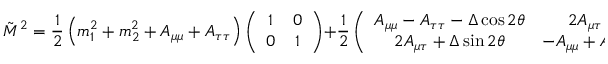
\tilde { { \cal M } } ^ { 2 } = \frac { 1 } { 2 } \left( m _ { 1 } ^ { 2 } + m _ { 2 } ^ { 2 } + A _ { \mu \mu } + A _ { \tau \tau } \right) \left( \begin{array} { c c } { { 1 } } & { { 0 } } \\ { { 0 } } & { { 1 } } \end{array} \right) + \frac { 1 } { 2 } \left( \begin{array} { c c } { { A _ { \mu \mu } - A _ { \tau \tau } - \Delta \cos 2 \theta } } & { { 2 A _ { \mu \tau } + \Delta \sin 2 \theta } } \\ { { 2 A _ { \mu \tau } + \Delta \sin 2 \theta } } & { { - A _ { \mu \mu } + A _ { \tau \tau } + \Delta \cos 2 \theta } } \end{array} \right) .